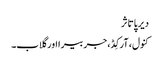
دیرپا تاثر
کنول، آرکِڈ، جربیرا اور گلاب۔